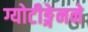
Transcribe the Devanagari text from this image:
ग्योटीङ्गेनने